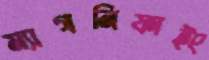
ম্যাগনিফাইং